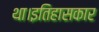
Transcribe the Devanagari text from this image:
था।इतिहासकार